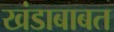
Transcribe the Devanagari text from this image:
खंडाबाबत